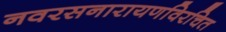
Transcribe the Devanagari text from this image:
नवरसनारायणविरचित